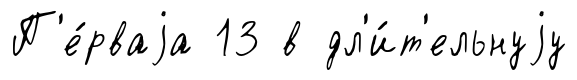
П'е́рваjа 13 в дл'и́т'ельнуjу